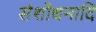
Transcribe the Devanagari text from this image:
संशोधनादि